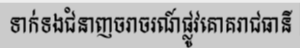
ទាក់ទងជំនាញចរាចរណ៍ផ្លូវគោគរាជធានី